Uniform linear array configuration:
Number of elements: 8
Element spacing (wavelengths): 0.75
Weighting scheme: hann
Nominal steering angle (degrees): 30
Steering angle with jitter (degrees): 29.993
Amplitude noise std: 0.05
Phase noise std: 0.05

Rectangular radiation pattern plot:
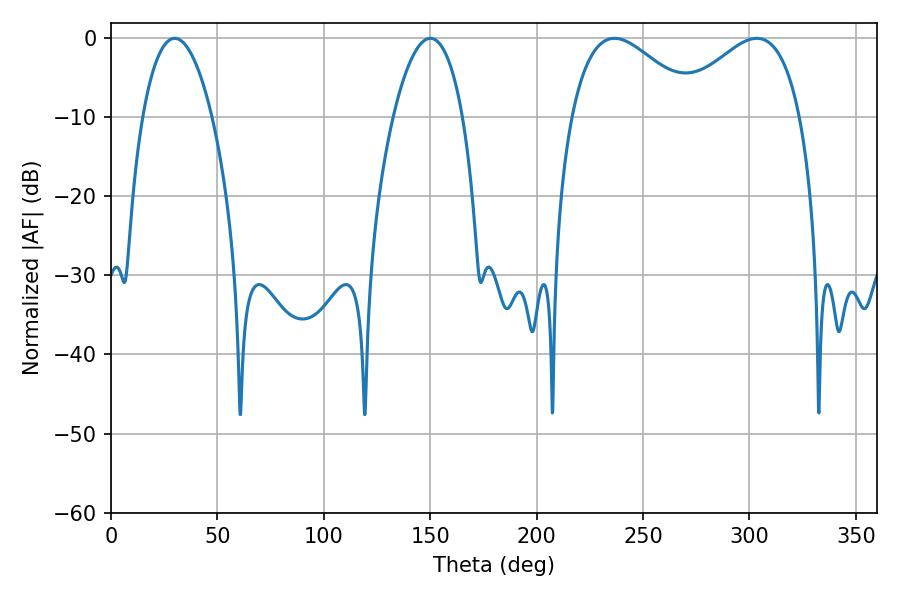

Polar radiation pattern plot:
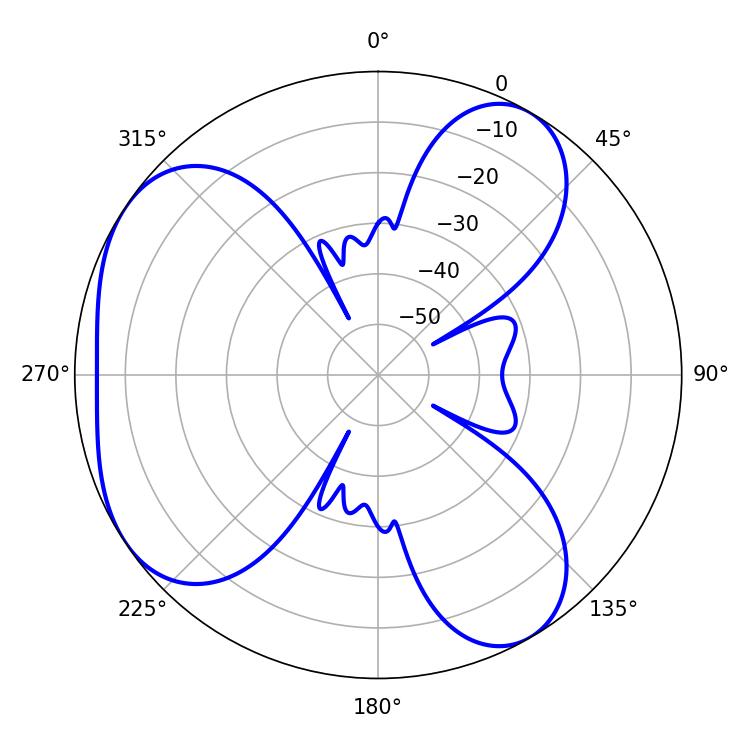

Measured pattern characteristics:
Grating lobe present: TRUE
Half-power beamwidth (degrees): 32.22
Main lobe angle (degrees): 236.52